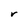
Character: r